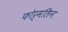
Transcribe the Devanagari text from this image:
फोर्मलिन